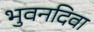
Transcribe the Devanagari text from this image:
भुवनदिवा